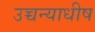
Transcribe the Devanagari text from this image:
उच्चन्याधीष